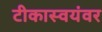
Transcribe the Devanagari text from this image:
टीकास्वयंवर